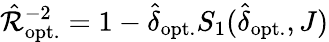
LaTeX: \hat{\mathcal{R}}_{\mathrm{opt.}}^{-2}=1-\hat{\delta}_{\mathrm{opt.}}S_{1}(\hat{\delta}_{\mathrm{opt.}},J)